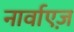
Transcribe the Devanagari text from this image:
नार्वाएज़